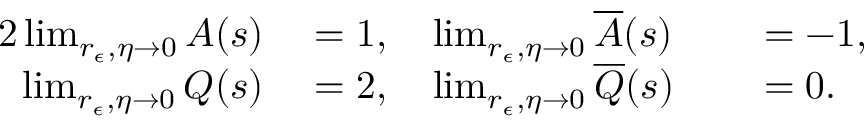
\begin{array} { r l r l } { { 2 } \operatorname* { l i m } _ { r _ { \epsilon } , \eta \rightarrow 0 } A ( s ) } & { { } = 1 , \quad \operatorname* { l i m } _ { r _ { \epsilon } , \eta \rightarrow 0 } \overline { { A } } ( s ) } & { } & { { } = - 1 , } \\ { \operatorname* { l i m } _ { r _ { \epsilon } , \eta \rightarrow 0 } Q ( s ) } & { { } = 2 , \quad \operatorname* { l i m } _ { r _ { \epsilon } , \eta \rightarrow 0 } \overline { { Q } } ( s ) } & { } & { { } = 0 . } \end{array}